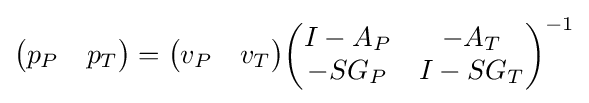
{\begin{pmatrix}p_{P}&p_{T}\end{pmatrix}}={\begin{pmatrix}v_{P}&v_{T}\end{pmatrix}}{\begin{pmatrix}I-A_{P}&-A_{T}\\-SG_{P}&I-SG_{T}\end{pmatrix}}^{-1}